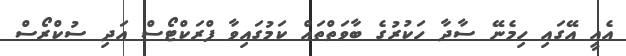
އެއީ އޭގައި ހިމެނޭ ސާދާ ހަކުރުގެ ބާވަތްތައް ކަމުގައިވާ ފްރަކްޓޯސް އަދި ސުކްރޯސް